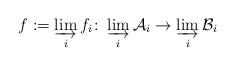
\begin{align*}f := \varinjlim_i f_i\colon \varinjlim_i \mathcal A_i \to \varinjlim_i \mathcal B_i\end{align*}